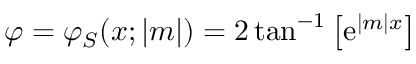
\varphi = \varphi _ { S } ( x ; | m | ) = 2 \tan ^ { - 1 } \left[ \mathrm { e } ^ { | m | x } \right]